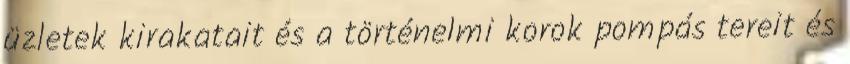
üzletek kirakatait és a történelmi korok pompás tereit és